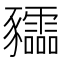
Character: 𧲙